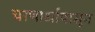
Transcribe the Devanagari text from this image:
चरणार्धापासून